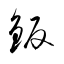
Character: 鈑